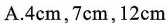
A.4cm，7cm，2 cm